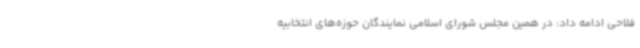
فلاحی ادامه داد: در همین مجلس شورای اسلامی نمایندگان حوزه‌های انتخابیه